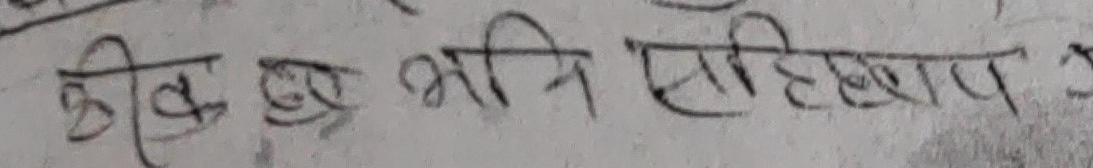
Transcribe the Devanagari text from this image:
कीव ए भनि सइच्छाप